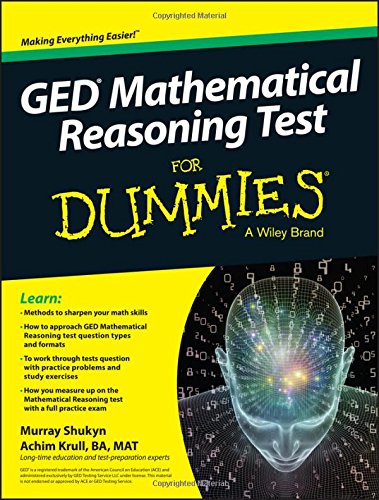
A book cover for GED Mathematical Reasoning Test For Dummies; Murray Shukyn; Test Preparation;